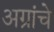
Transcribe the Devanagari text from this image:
अग्रांचे